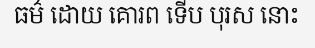
ធម៌ ដោយ គោរព ទើប បុរស នោះ